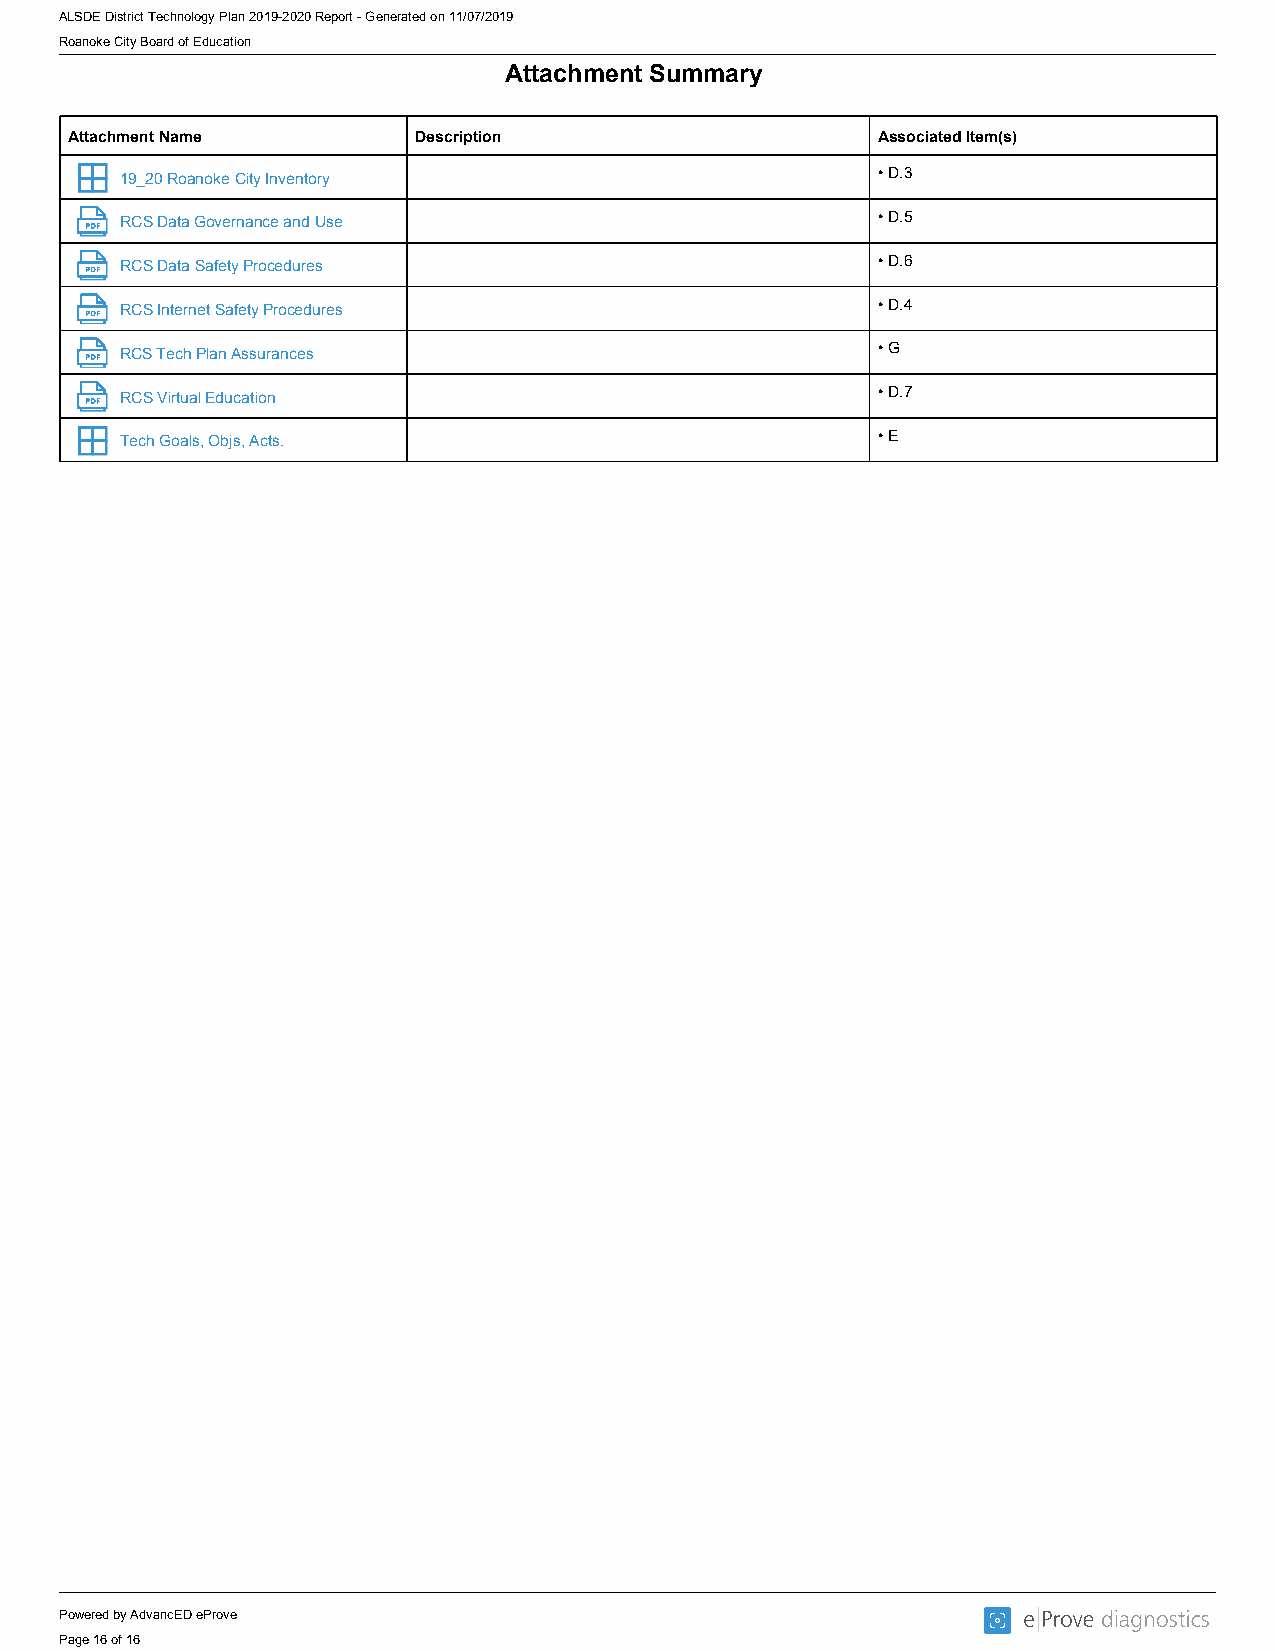
ALSDE District Technology Plan 2019-2020 Report - Generated on 11/07/2019
 Roanoke City Board of Education
 Attachment Summary
 Attachment Name        Description                   Associated Item(s)
 19_20 Roanoke City Inventory                      • D.3
 RCS Data Governance and Use                       • D.5
 RCS Data Safety Procedures                        • D.6
 RCS Internet Safety Procedures                    • D.4
 RCS Tech Plan Assurances                          • G
 RCS Virtual Education                             • D.7
 Tech Goals, Objs, Acts.                           • E
 Powered by AdvancED eProve
 Page 16 of 16